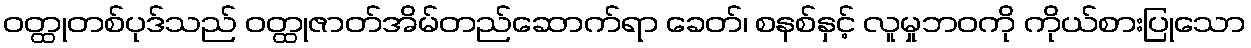
ဝတ္ထုတစ်ပုဒ်သည် ဝတ္ထုဇာတ်အိမ်တည်ဆောက်ရာ ခေတ်၊ စနစ်နှင့် လူမှုဘဝကို ကိုယ်စားပြုသော